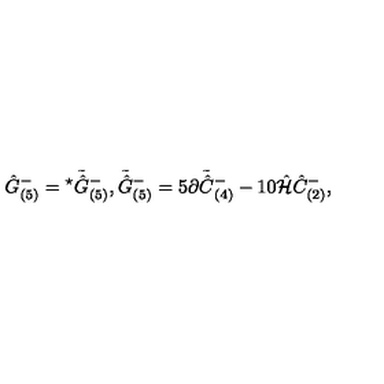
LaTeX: \hat { G } _ { ( 5 ) } ^ { - } = { } ^ { \star } \tilde { \hat { G } } { } _ { ( 5 ) } ^ { - } , \tilde { \hat { G } } { } _ { ( 5 ) } ^ { - } = 5 \partial \tilde { \hat { C } } { } _ { ( 4 ) } ^ { - } - 1 0 \hat { \cal H } \hat { C } _ { ( 2 ) } ^ { - } ,